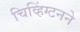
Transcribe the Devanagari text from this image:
चिव्हिंग्टनने